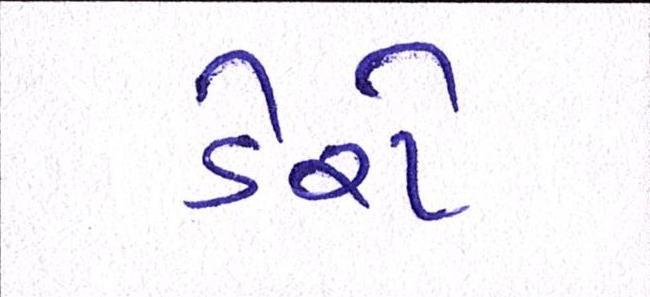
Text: ડેરો